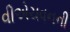
વીએચવનની